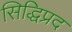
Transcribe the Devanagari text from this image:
सिद्धिप्रद